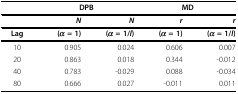
<table><thead><tr><td></td><td colspan="2"><b>DPB</b></td><td colspan="2"><b>MD</b></td></tr></thead><tbody><tr><td></td><td><b><i>N</i></b></td><td><b><i>N</i></b></td><td><b><i>r</i></b></td><td><b><i>r</i></b></td></tr><tr><td><b>Lag</b></td><td><b>(<i>α </i>= 1)</b></td><td><b>(<i>α </i>= 1/<i>l</i>)</b></td><td><b>(<i>α </i>= 1)</b></td><td><b>(<i>α </i>= 1/<i>l</i>)</b></td></tr><tr><td>10</td><td>0.905</td><td>0.024</td><td>0.606</td><td>0.007</td></tr><tr><td>20</td><td>0.863</td><td>0.018</td><td>0.344</td><td>-0.012</td></tr><tr><td>40</td><td>0.783</td><td>-0.029</td><td>0.088</td><td>-0.034</td></tr><tr><td>80</td><td>0.666</td><td>0.027</td><td>-0.011</td><td>0.011</td></tr></tbody></table>